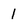
Character: 1